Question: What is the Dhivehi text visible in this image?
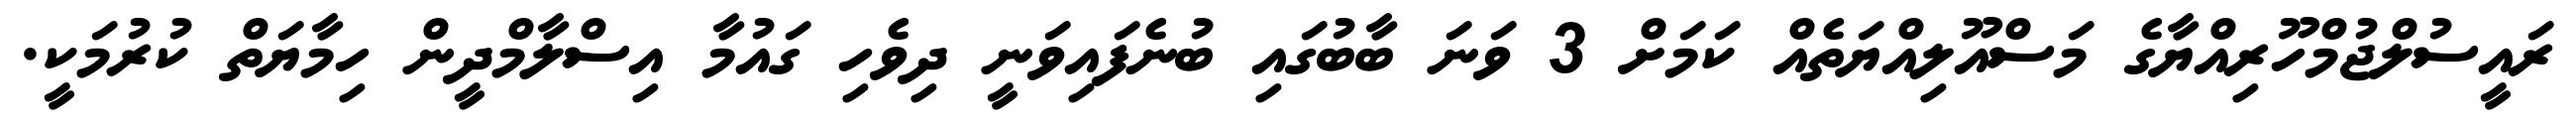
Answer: ރައީސުލްޖުމްހޫރިއްޔާގެ މަސްއޫލިއްޔަތެއް ކަމަށް 3 ވަނަ ބާބުގައި ބުނެފައިވަނީ ދިވެހި ގައުމާ އިސްލާމްދީން ހިމާޔަތް ކުރުމަކީ.